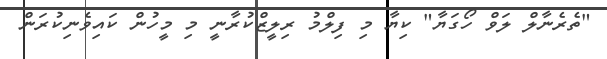
"ތެރެނާލް ލަވް ހޯގަޔާ" ކިޔާ މި ފިލްމު ރިލީޒްކުރާނީ މި މީހުން ކައިވެނިކުރަން